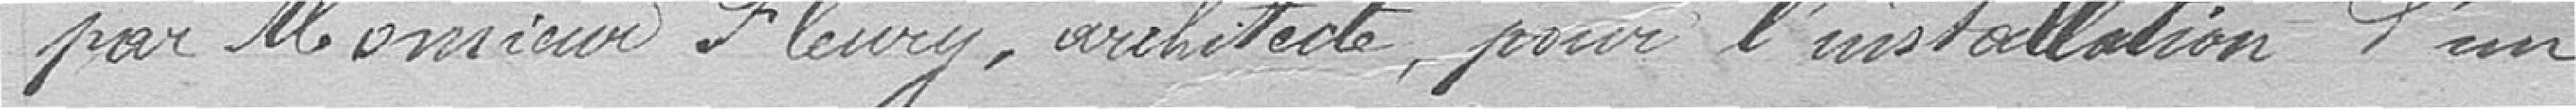
par Monsieur Fleury, architecte, pour l'installation d'un